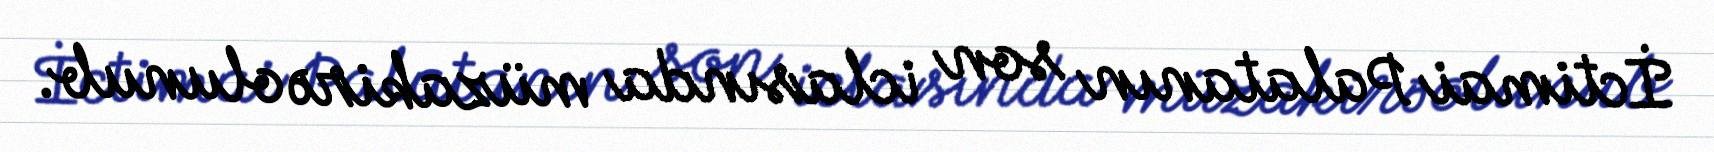
İctimai Palatanın son iclasında müzakirə olunub.